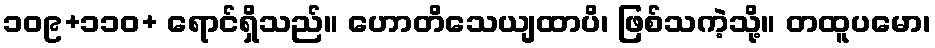
၁၀၉+၁၁၀+ ရောင်ရှိသည်။ ဟောတိသေယျထာပိ၊ ဖြစ်သကဲ့သို့။ တထူပမော၊